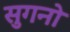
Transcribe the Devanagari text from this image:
सुगनो